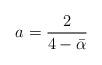
LaTeX: \begin{align*} a=\frac{2}{4-\bar \alpha} \end{align*}